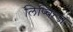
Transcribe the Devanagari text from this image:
लिप्चित्ज़